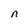
Character: n